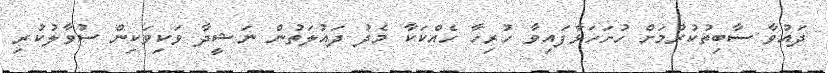
ދައުވާ ސާބިތުކުރުމަށް ހުށަހަަޅާފައިވާ ހުރިހާ ހެއްކަކާ މެދު ދައުލަތުން ނަޝީދާ ވަކިވަކިން ސުވާލުކުރި